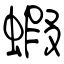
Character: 蝦